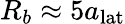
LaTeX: R_{b}\approx 5a_{\mathrm{lat}}